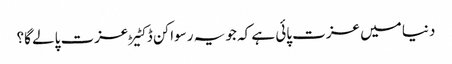
دنیا میں عزت پائی ہے کہ جو یہ رسواکن ڈکٹیڑ عزت پالے گا؟